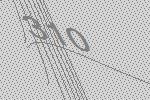
310